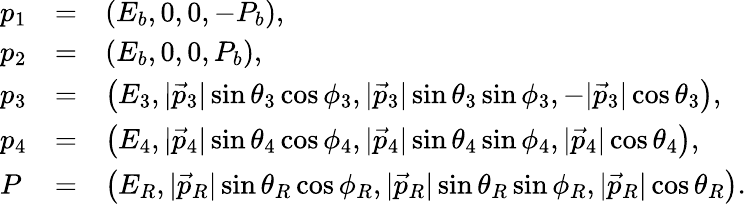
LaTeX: \begin{array}{lcl}{{p_{1}}}&{{=}}&{{\left(E_{b},0,0,-P_{b}\right),}}\\ {{p_{2}}}&{{=}}&{{\left(E_{b},0,0,P_{b}\right),}}\\ {{p_{3}}}&{{=}}&{{\left(E_{3},|\vec{p}_{3}|\sin\theta_{3}\cos\phi_{3},|\vec{p}_{3}|\sin\theta_{3}\sin\phi_{3},-|\vec{p}_{3}|\cos\theta_{3}\right),}}\\ {{p_{4}}}&{{=}}&{{\left(E_{4},|\vec{p}_{4}|\sin\theta_{4}\cos\phi_{4},|\vec{p}_{4}|\sin\theta_{4}\sin\phi_{4},|\vec{p}_{4}|\cos\theta_{4}\right),}}\\ {{P}}&{{=}}&{{\left(E_{R},|\vec{p}_{R}|\sin\theta_{R}\cos\phi_{R},|\vec{p}_{R}|\sin\theta_{R}\sin\phi_{R},|\vec{p}_{R}|\cos\theta_{R}\right).}}\end{array}